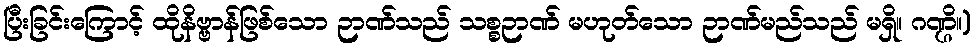
ပြီးခြင်းကြောင့် ထိုနိဗ္ဗာန်ဖြစ်သော ဉာဏ်သည် သစ္စဉာဏ် မဟုတ်သော ဉာဏ်မည်သည် မရှိ။ ဂဏ္ဌိ။)